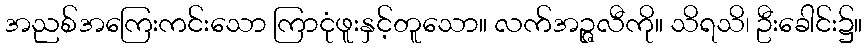
အညစ်အကြေးကင်းသော ကြာငုံဖူးနှင့်တူသော။ လက်အဉ္ဇလီကို။ သိရသိ၊ ဦးခေါင်း၌။